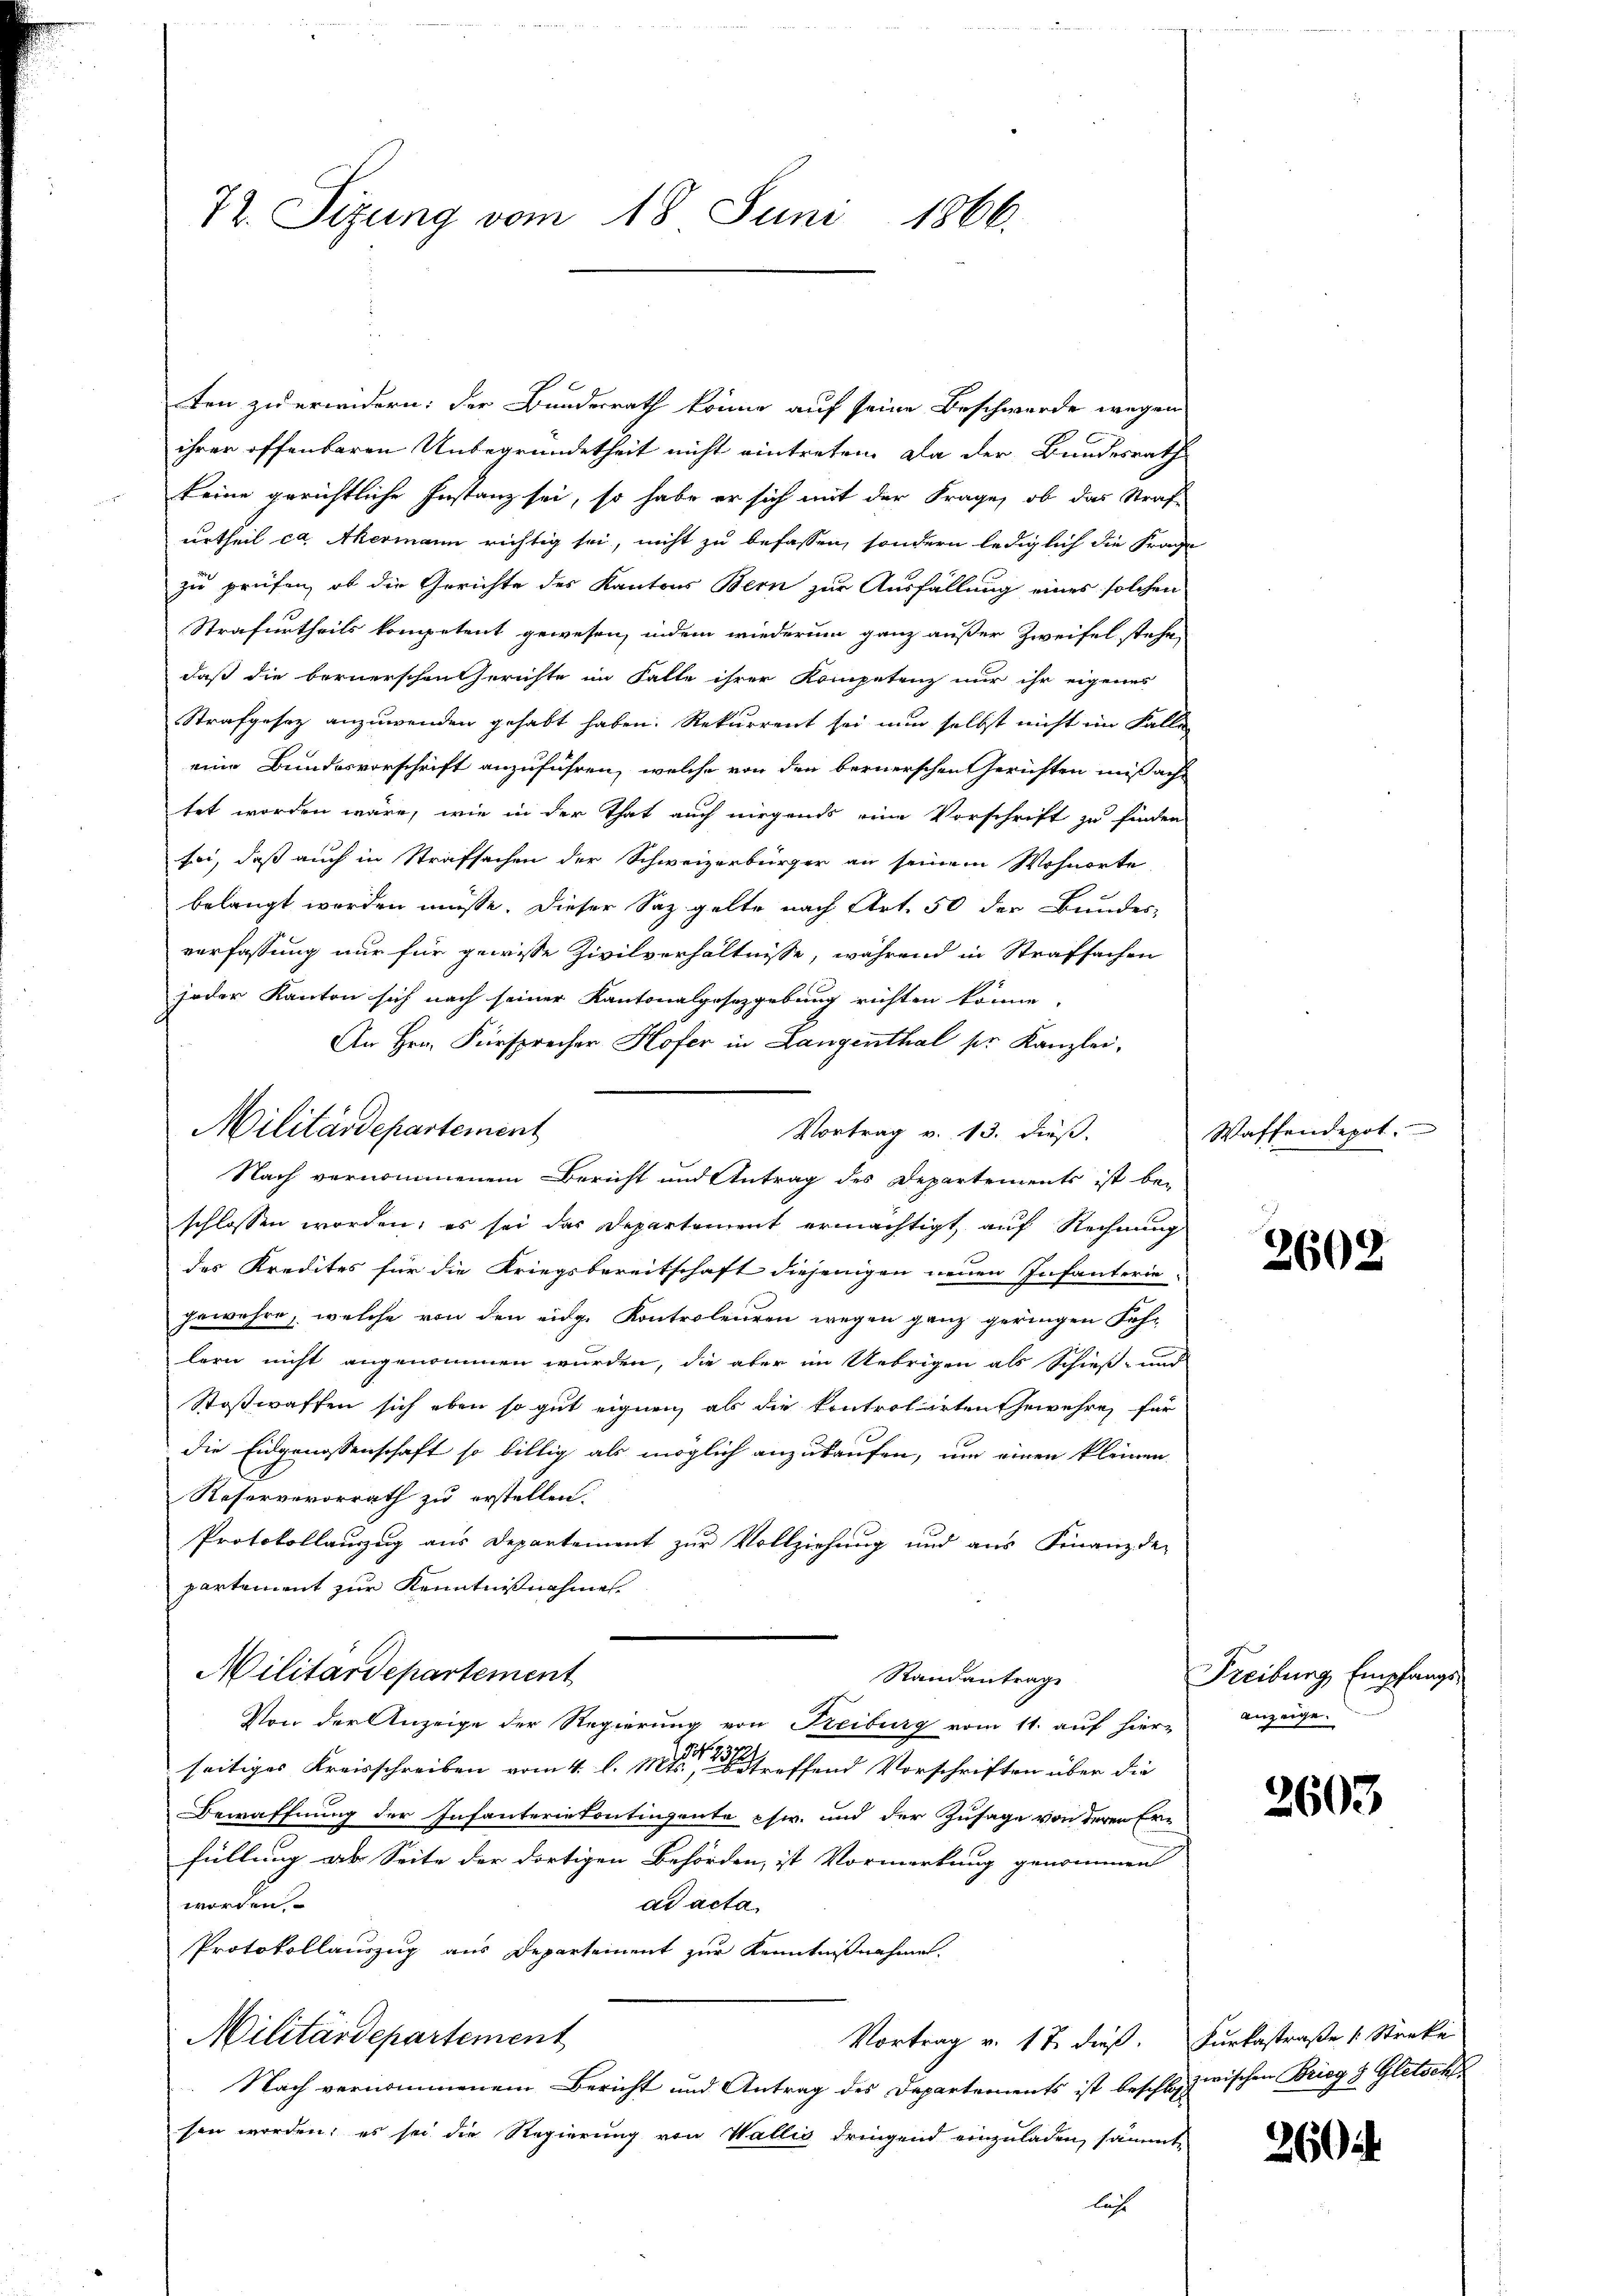
72. Sizung vom 18. Juni 1866.

ten zu erwidern: der Bundesrath könne auf seine Beschwerde wegen
ihrer offenbaren Unbegründetheit nicht eintreten. Da der Bundesrath
keine gerichtliche Instanz sei, so habe er sich mit der Frage, ob das Straf-
urtheil ca. Akermann richtig sei, nicht zu befassen, sondern lediglich die Frage
zu prüfen, ob die Gerichte des Kantons Bern zur Ausfällung eines solchen
Strafurtheils kompetent gewesen, indem wiederum ganz außer Zweifel stehe,
daß die bernerschen Gerichte im Falle ihrer Kompetenz nur ihr eigenes
Strafgesez anzuwenden gehabt haben. Rekurrent sei nun selbst nicht im Falle
eine Bundesvorschrift anzuführen, welche von den bernerschen Gerichten missache
tet worden wäre, wie in der That auch nirgends eine Vorschrift zu finden
sei, daß auch in Strafsachen der Schweizerbürger an seinem Wohnorte
belangt worden müsse. Dieser Saz. gelte nach Art. 50 der Bundes-
verfassung nur für gewisse Zivilverhältnisse, während in Straffachen
jeder Kanton sich nach seiner Kantonalgesetzgebung richten könne.
An Hrn. Fürsprecher Hofer in Langenthal pr. Kanzlei,
Vortrag v. 13. dieß.
Nach vernommenem Bericht und Antrag des Departements ist bei
schlossen worden; es sei das Departement ermächtigt, auf Rechnung
des Kredites für die Kriegsbereitschaft diejenigen neuen Infanterie-
gewehre, welche von den eidge Kontroleuren wegen ganz geringen Fühlern nicht angenommen wurden, die aber im Uebrigen als Schieß- und
Stoßwaffen sich eben so gut eignen, als die kontrolirten Gewehre, für
die Eidgenossenschaft so billig als möglich anzukaufen, um einen kleinen
Reserverorrath zu erstellen.
Protokollanzug aus Departement zur Vollziehung und aus Finanzde
partement zur Kenntnißnahmes
Militärdepartement
Standantrage
Von der Anzeige der Regierung von Reiburg vom 11. auf hier-
1927
29
seitiges Kreisschreiben vom 4. l. 11
betreffend Vorschriften über die
Bewaffnung der Infanterietontingente chw. und der Zusage von deren Erfüllung ab Seite der dortigen Behörden, ist Vormerkung genommen
worden,
ad acta
Protokollauszug aus Departement zur Kenntnißnahmen.
Militärdepartement
Vortrag v. 17. dieß. Furkastraße (Streke
Nach vernommenem Bericht und Antrag des Departements ist beschloszwischen Brieg 8 Gletsch
sen worden; es sei die Regierung von Wallig dringend einzuladen, sämmtlich

Militärdepartement

Waffendepot.

3602

Freiburg, Empfangsanzeige.

2603

260